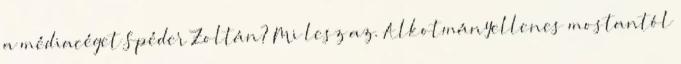
a médiacéget Spéder Zoltán? Mi lesz az. Alkotmányellenes mostantól